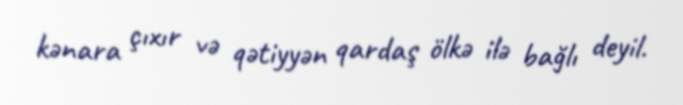
kənara çıxır və qətiyyən qardaş ölkə ilə bağlı deyil.